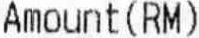
AMOUNT(RM)